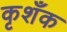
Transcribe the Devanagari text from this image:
कृशँक